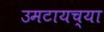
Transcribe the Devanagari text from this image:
उमटायच्या